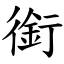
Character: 銜